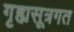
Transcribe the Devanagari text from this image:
गृह्यसूत्रगत